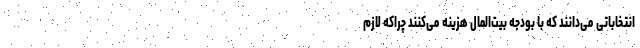
انتخاباتی می‌دانند که با بودجه بیت‌المال هزینه می‌کنند چراکه لازم